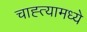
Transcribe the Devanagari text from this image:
चाह्त्यामध्ये